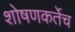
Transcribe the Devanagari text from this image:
शोषणकर्तेच